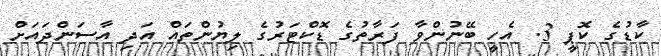
ކާޑުގެ ކޮޕީ 3. އެހީ ބޭނުންވާ ފަރާތުގެ ޑޮކްޓަރުގެ ލިޔުންތައް އަދި އާސަންދައަށް